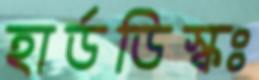
হার্ডডিস্কঃ